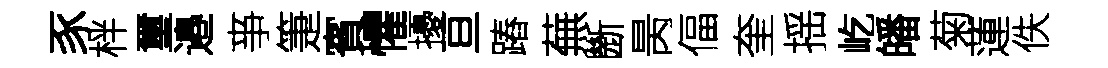
豕柈璽邉亊箑賓懼擾亘蹖蕪㫁昺偪奎揺屹皤菊蓮佚